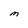
Character: M